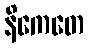
နိကေတေ